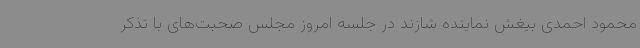
محمود احمدی بیغش نماینده شازند در جلسه امروز مجلس صحبت‌های با تذکر